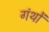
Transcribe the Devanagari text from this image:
गंथों